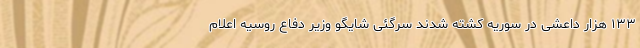
۱۳۳ هزار داعشی در سوریه کشته شدند سرگئی شایگو وزیر دفاع روسیه اعلام